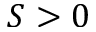
S > 0